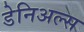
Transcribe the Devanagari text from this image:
डेनिअल्स